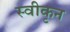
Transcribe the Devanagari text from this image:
स्वीकृन